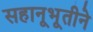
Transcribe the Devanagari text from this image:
सहानूभूतीने